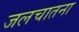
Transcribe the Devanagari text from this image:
जलचातना